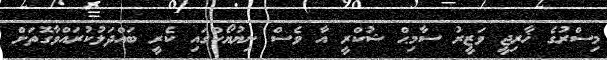
މިސްރުގެ ޚާރިޖީ ވަޒީރު ސާމިޙް ޝުކްރީ އާ ވެސް ނިޔުޔޯކްގައި ކެރީ ބައްދަލުކުރައްވާގޮތަށް